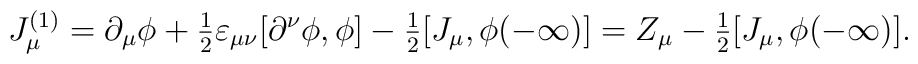
J_\mu ^{(1)}=\partial _\mu \phi +{\textstyle \frac 12}\varepsilon _{\mu \nu}[\partial ^\nu \phi ,\phi ]-{\textstyle \frac 12}[J_\mu ,\phi (-\infty)]=Z_\mu -{\textstyle \frac 12}[J_\mu ,\phi (-\infty )].